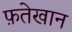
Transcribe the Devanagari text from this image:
फ़तेखान